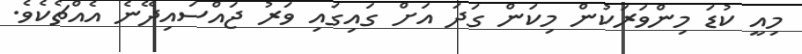
މިއީ ކުޑަ މިންވަރަކުން މިކަން ގަދަ އަށް ގައިގައި ވަރު ޖައްސައިދޭނެ އެއްޗެކެވެ.